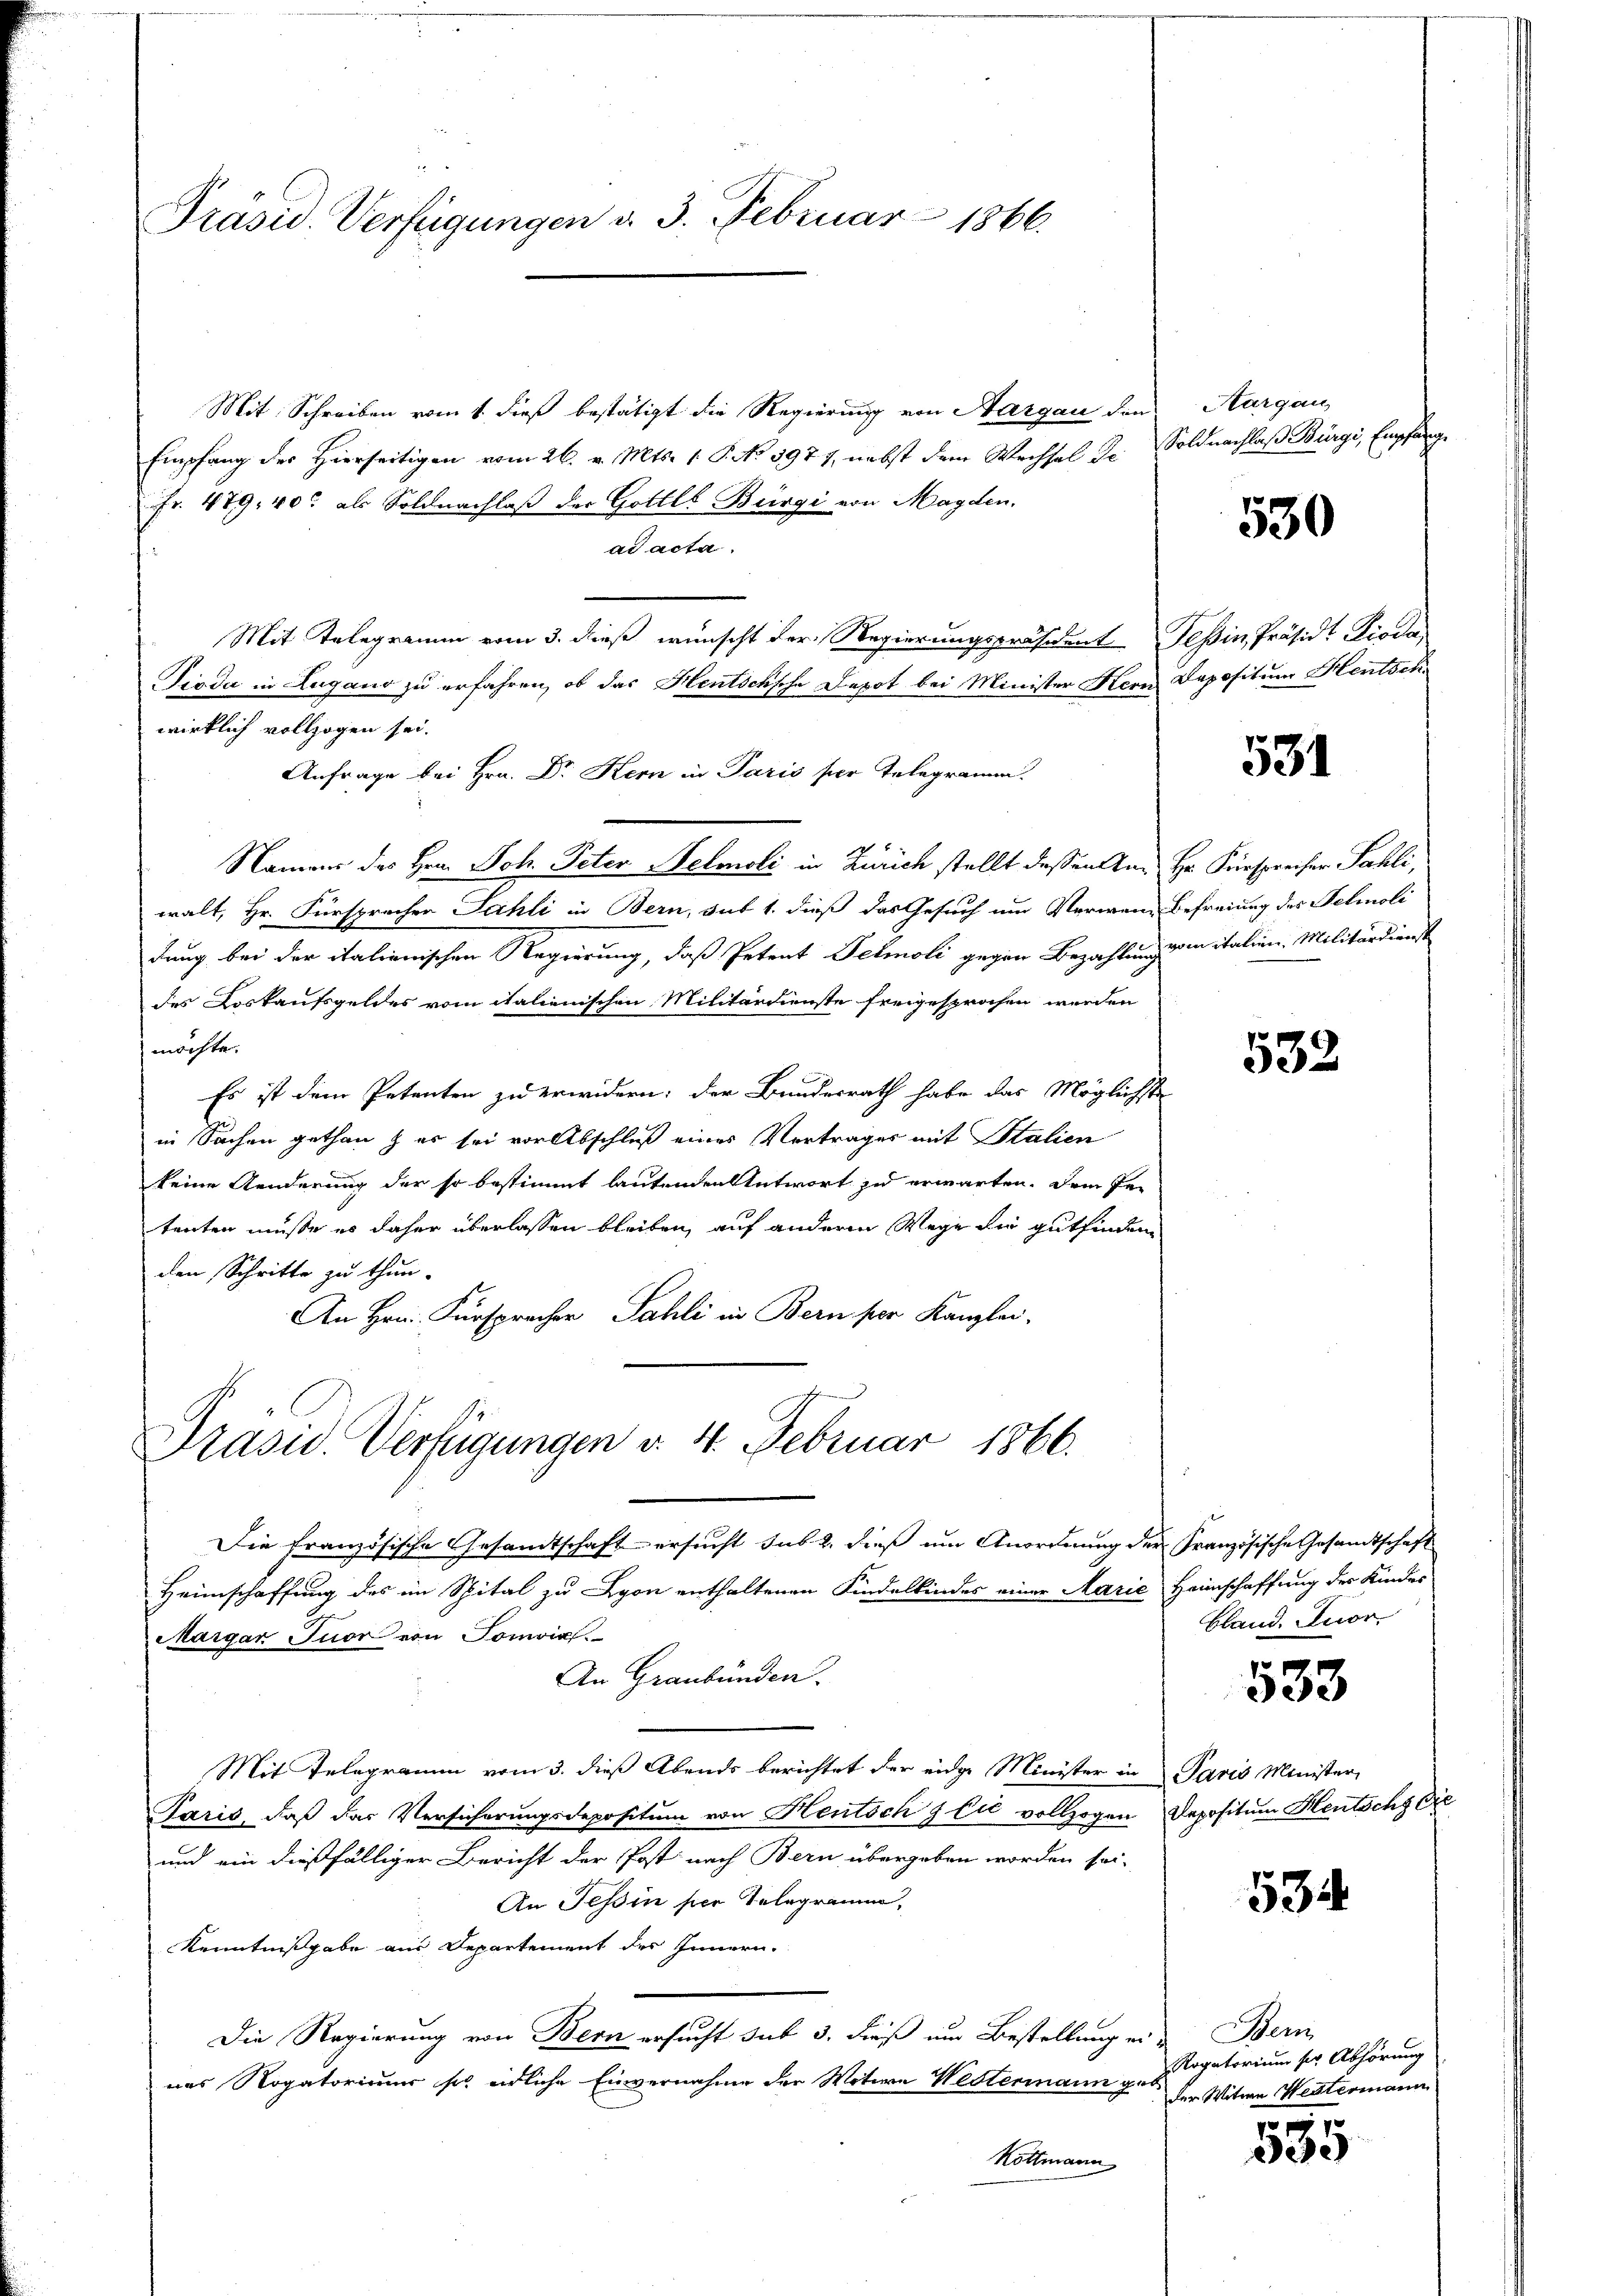
Präsid. Verfügungen d. 3. Februar 1866.

Mit Schreiben vom 1. dieß bestätigt die Regierung von Aargau den
Empfang der Hierseitigen vom 26. v. Mts. 1. P. Nr. 3971, nebst dem Wechsel dr. Soldnachlaß Bürgi, Empfäng¬
Fr. 479. 40. als Soldnachlaß der Gottes Bürgi von Magden.
ad acta.
Mit Telegramm vom 3. dieß wünscht der Regierungspräsident Tessin, Präsid. Fische
Tigda in Lugano zu erfahren, ob das Hentschsche Depot bei Minister Kern
wirklich vollzogen sei.
Anfrage bei Hrn. Dr Kern in Paris ser Telegramm.
Namens des Hrn. Joh. Peter Nelmoli in Zürich stellt dessen Anwalt, Hr. Fürspracher Fahli in Bern, sub 1. dieß das Gesuch um Verwein Befreiung des Felmoli
dung bei der italienischen Regierung, daß Petent Petmoli gegen Bezahlen in italien, Militärdienst
des Loskaufsgeldes vom italienischen Militärdienste freigesprochen werden
möchte.
Es ist dem Petenten zu erwidern; der Bundesrath habe das Möglichste
in Sachen gethan, es sei vor Abschluß eines Vertrages mit Stalien
keine Aenderung der so bestimmt lautenden Antwort zu erwarten. Dem Petenten müsse es daher überlassen bleiben, auf anderen Wege die gutfinden
den Schritte zu thun.
An Hrn. Fürsprachen Sahli in Bern per Kanzlei-

Präsid. Verfügungen d. 4. Februar 1866.

Die französische Gesandtschaft ersucht sub 2. dieß um Anordnung der Französische Gesandtschaft
Heimschaffung des im Spital zu Lyon enthaltenen Kindelkindes einer Marie Heimschaffung der Kinder
Margan Tuor von Somvial
An Graubünden.
Mit Telegramm vom 3. dieß Abends berichtet der einge Minister in Paris Minister
Paris, daß das Versicherungsdepositum von Hentsch & Ei vollzogen Depositum Heutschy die
und ein dießfälliger Bericht der Post nach Bern übergeben worden sei-
An Tessin ser Telegramm,
Kenntnißgabe aus Departement des Innern.
Die Regierung von Bern ersucht sub 3. dieß um Bestellung eines Rogatorium so endliche Einvernahme der Witire Westermann geb
Köttmann

Aargau,

530

Dapositum Hentsch

531

Hr. Friesprecher Sahli,

532

bland. Tuor

533

534

Ben
Rogatorium sie Abhörung
der Witwe Weitermann

71
e